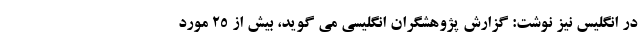
در انگلیس نیز نوشت: گزارش پژوهشگران انگلیسی می گوید، بیش از ۲۵ مورد